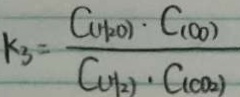
k _ { 3 } = \frac { C _ { ( H _ { 2 } O ) } \cdot C _ { ( o o ) } } { C _ { ( H _ { 2 } ) } \cdot C _ { ( C O _ { 2 } ) } }